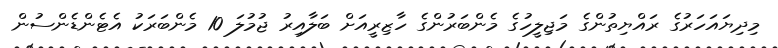
މިދިޔައަހަރުގެ ރައްޔިތުންގެ މަޖިލީހުގެ މެންބަރުންގެ ހާޒިރީއަށް ބަލާއިރު ޖުމުލަ 10 މެންބަރަކު އެޓެންޑެންސުން